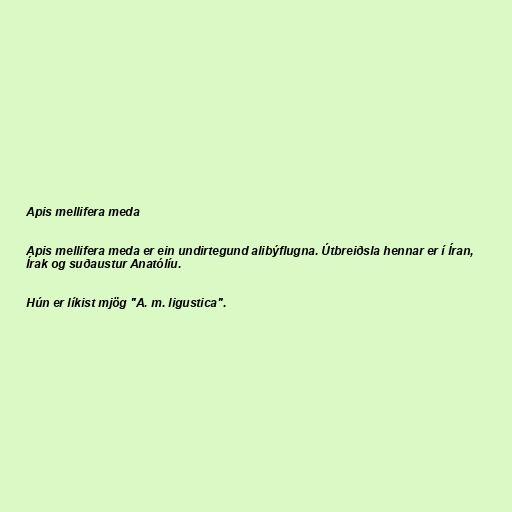
Apis mellifera meda

Apis mellifera meda er ein undirtegund alibýflugna. Útbreiðsla hennar er í Íran,
Írak og suðaustur Anatólíu.

Hún er líkist mjög "A. m. ligustica".